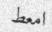
امعط